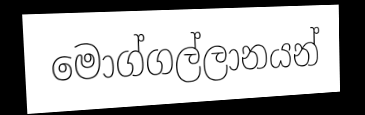
මොග්ගල්ලානයන්